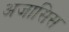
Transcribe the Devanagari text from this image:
अजासिस